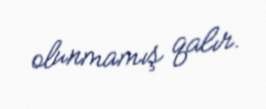
olunmamış qalır.